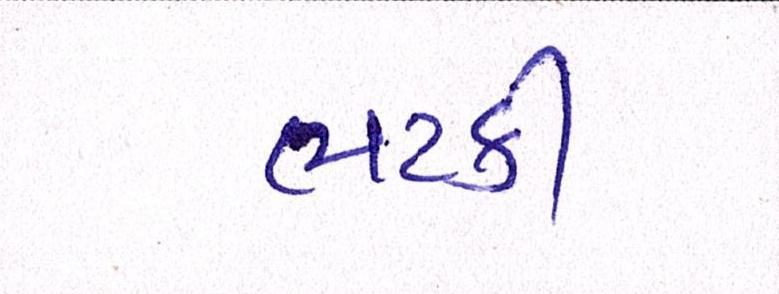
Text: ભટકી